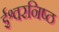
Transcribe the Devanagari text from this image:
ईश्वरनिष्ठ